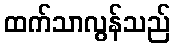
ထက်သာလွန်သည်